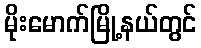
မိုးမောက်မြို့နယ်တွင်